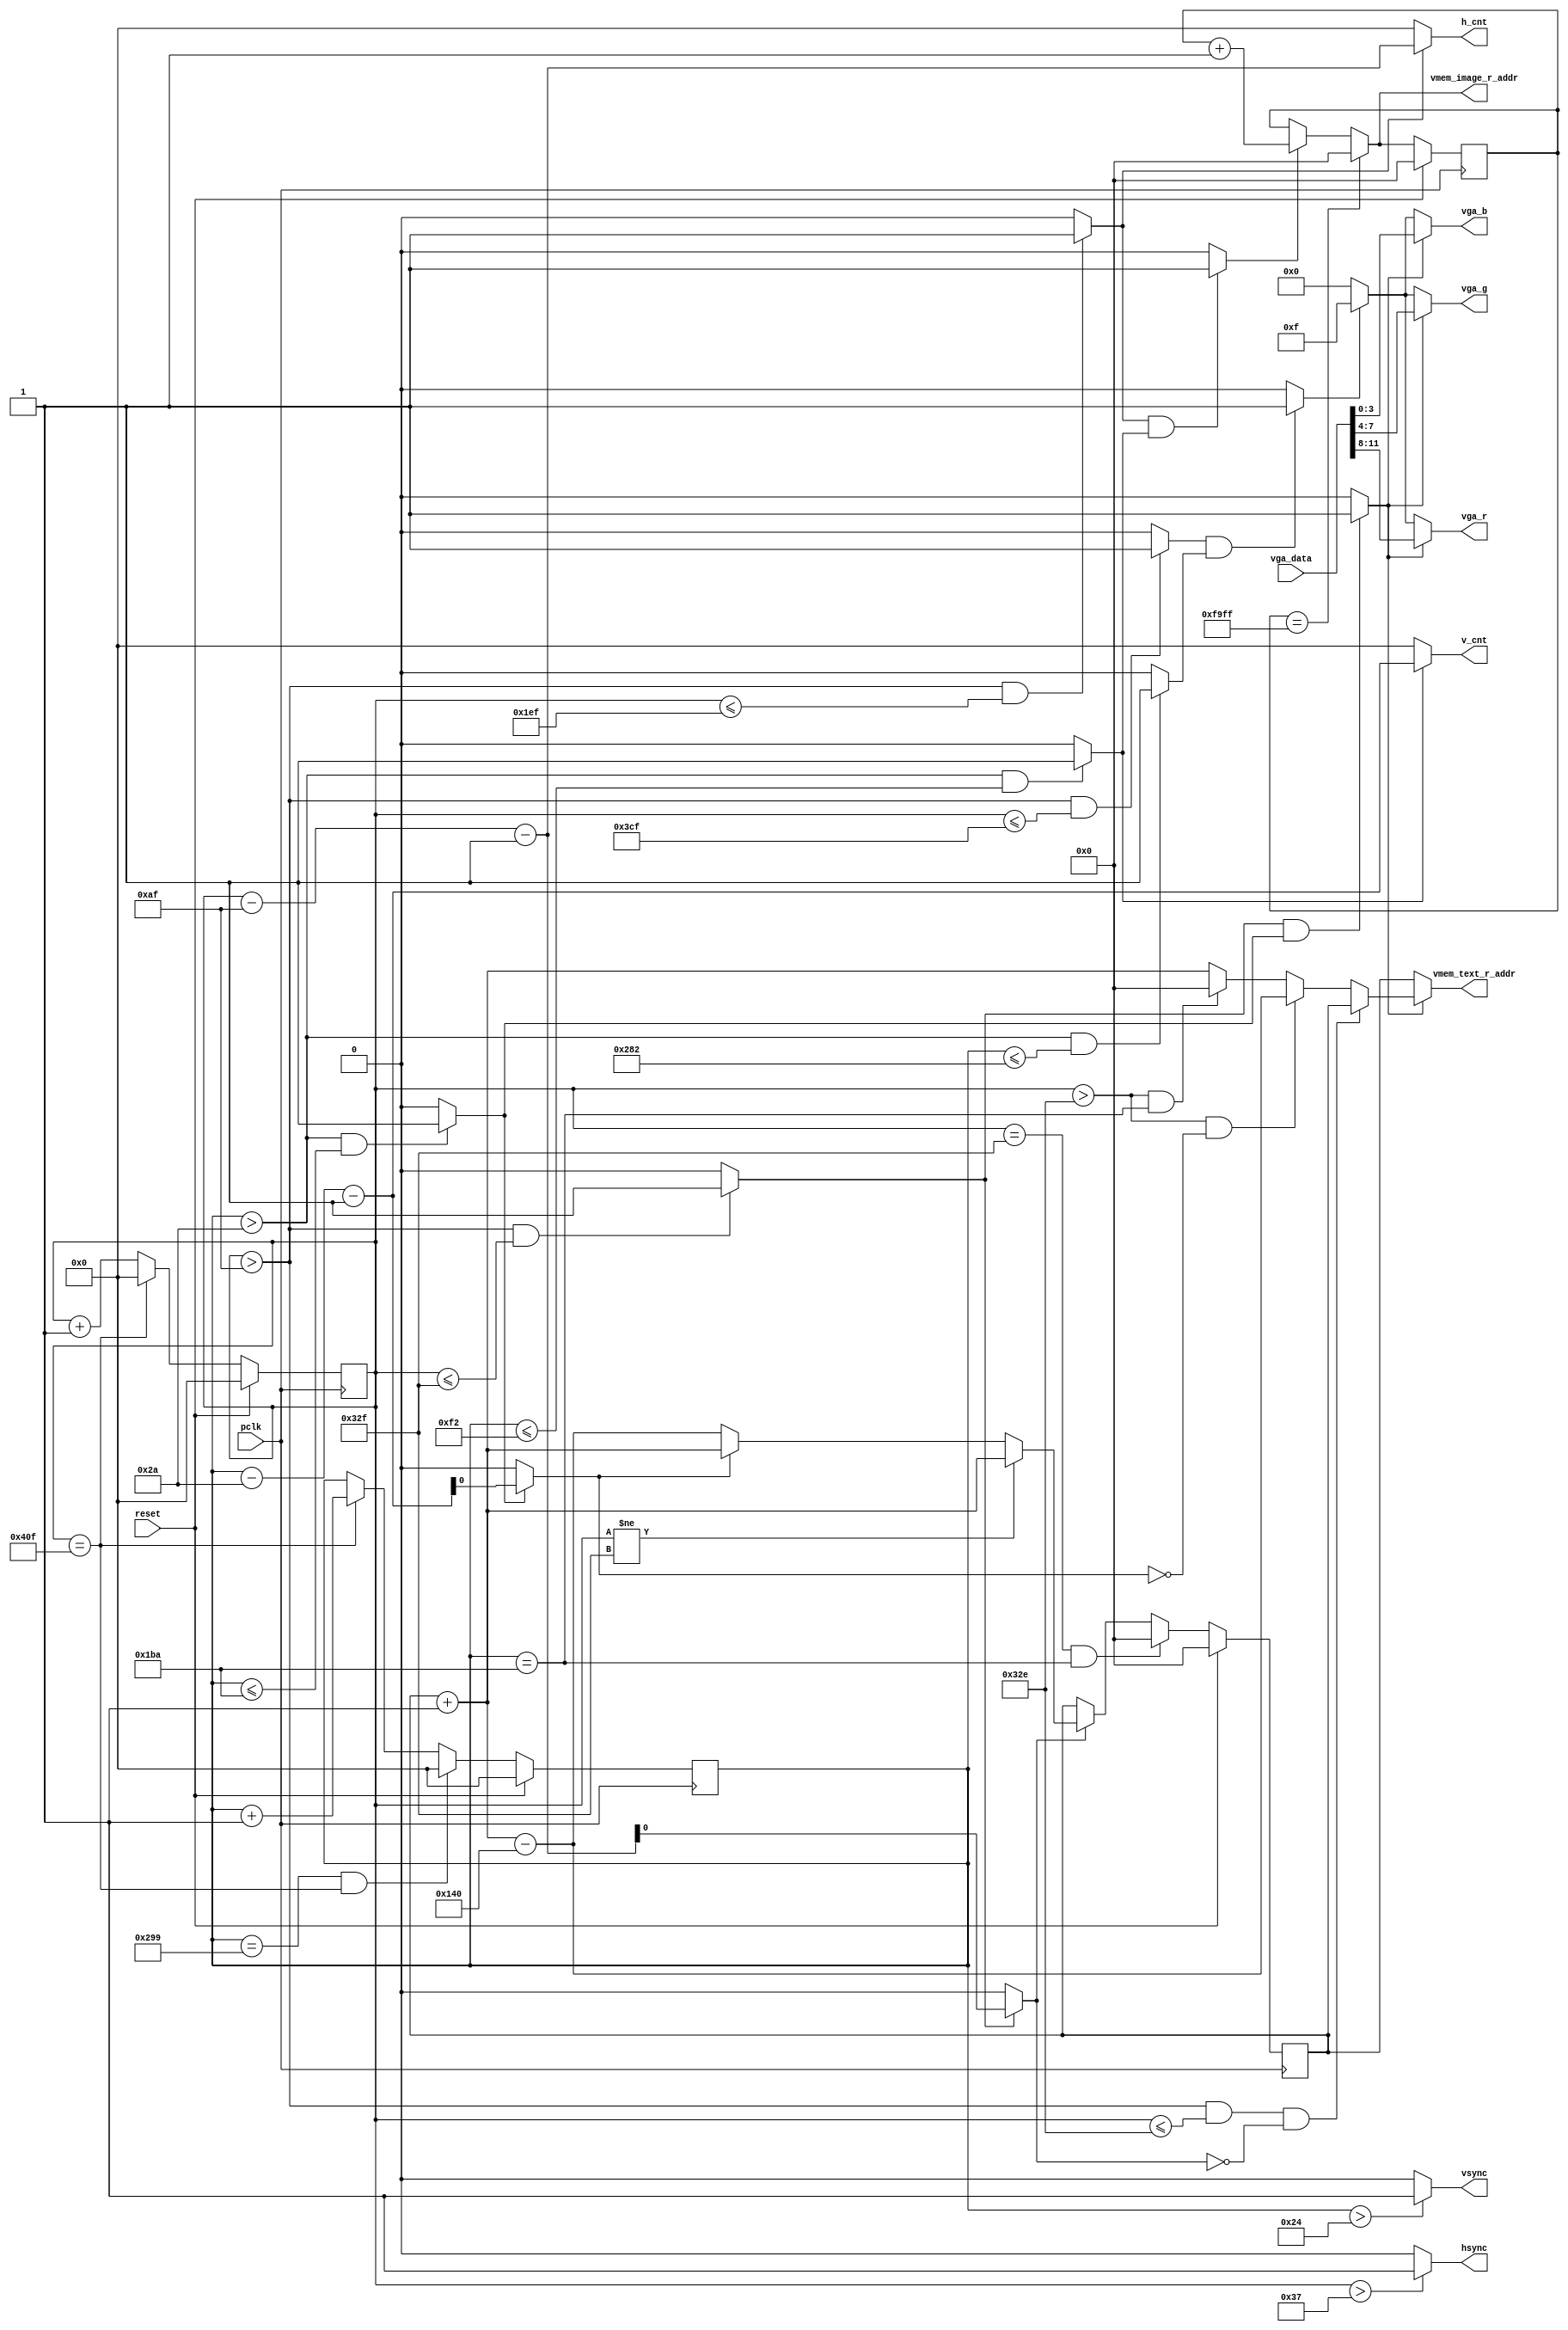
`timescale 1ns / 1ps
//////////////////////////////////////////////////////////////////////////////////
// Company: NJU
// 
// Design Name: 
// Module Name: vga_dis
// Project Name: 
// Target Devices: 
// Tool Versions: 
// Description: 
// 
// Dependencies: 
// 
// Revision:
// Revision 0.01 - File Created
// Additional Comments:
// 
//////////////////////////////////////////////////////////////////////////////////


module vga_dis # (
    parameter     h_frontporch = 56-1,
    parameter     h_active = 56+120-1,
    parameter     h_backporch = 56+120+800-1,
    parameter     h_total = 56+120+800+64-1,

    parameter     v_frontporch = 37-1,
    parameter     v_active = 37+6-1,
    parameter     v_backporch = 37+6+600-1,
    parameter     v_total = 37+6+600+23-1,

	parameter     screen_length = 320,
    parameter     screen_width = 200,
	
    parameter     X_WIDTH = 11,
    parameter     Y_WIDTH = 11,

    parameter     VMEM_ADDR_WIDTH = 20 )
    (
    input                            pclk,
    input                            reset,

	input      [11:0]                vga_data,
	
	output reg [VMEM_ADDR_WIDTH-1:0] vmem_image_r_addr,
	
	output reg [VMEM_ADDR_WIDTH-1:0] vmem_text_r_addr,
    output     [X_WIDTH-1:0]         h_cnt,
    output     [Y_WIDTH-1:0]         v_cnt,

    output                           hsync,
    output                           vsync,
	output     reg [3:0]                 vga_r,
    output     reg [3:0]                 vga_g,
    output     reg [3:0]                 vga_b
    );

    localparam max_pixel_addr = screen_length*screen_width-1;
	localparam h_limit = h_active + screen_length;
	localparam v_limit = v_active + screen_width;

    reg   [X_WIDTH-1:0]    x_cnt;
    reg   [Y_WIDTH-1:0]    y_cnt;

	reg [VMEM_ADDR_WIDTH-1:0] cur_pixel_addr;
	reg [VMEM_ADDR_WIDTH-1:0] cur_text_addr;

    wire         h_valid;
    wire         h_800_valid;
    wire         v_valid;
    wire         v_600_valid;
    wire         valid;
    wire         valid_800x600;

    always @(posedge pclk)
        if (reset == 1'b1)
            x_cnt <= 0;
        else begin
            if (x_cnt == h_total)
                x_cnt <= 0;
            else
                x_cnt <= x_cnt + 1;
        end

    always @(posedge pclk)
        if (reset == 1'b1)
            y_cnt <= 0;
        else begin
            if ((y_cnt == v_total) & (x_cnt == h_total))
                y_cnt <= 0;
            else if (x_cnt == h_total)
                y_cnt <= y_cnt + 1;
        end

    assign hsync = ((x_cnt > h_frontporch)) ? 1'b1 : 1'b0;
    assign vsync = ((y_cnt > v_frontporch)) ? 1'b1 : 1'b0;

    assign h_valid = ((x_cnt > h_active) & (x_cnt <= h_limit)) ? 1'b1 : 1'b0;
    assign v_valid = ((y_cnt > v_active) & (y_cnt <= v_limit)) ? 1'b1 : 1'b0;

    assign valid = (h_valid & v_valid) ? 1'b1 : 1'b0;

	assign h_cnt = (h_valid) ? x_cnt - h_active - 1'b1 : {X_WIDTH{1'b0}};
    assign v_cnt = (v_valid) ? y_cnt - v_active - 1'b1 : {Y_WIDTH{1'b0}};


    //vmem_image_r_addr is prefetch pixel addr
	always @ (posedge pclk) begin
	    if(reset == 1'b1)
		    cur_pixel_addr <= 0;
		else if(cur_pixel_addr == max_pixel_addr)
		    cur_pixel_addr <= 0;
		else if(valid)
		    cur_pixel_addr <= cur_pixel_addr + 1;
		else
		    cur_pixel_addr <= cur_pixel_addr;
	end
	always @ (*) begin
	    if(cur_pixel_addr == max_pixel_addr)
		    vmem_image_r_addr = 0;
		else if(valid)
		    vmem_image_r_addr = cur_pixel_addr + 1;
		else
		    vmem_image_r_addr = cur_pixel_addr;
	end

    localparam h_expand_limit = h_active + screen_length*2;
    localparam v_expand_limit = v_active + screen_width*2;
    localparam h_expand_text_num = screen_length;
    wire h_expand_valid = ((x_cnt > h_active) & (x_cnt <= h_expand_limit)) ? 1'b1 : 1'b0;
    wire v_expand_valid = ((y_cnt > v_active) & (y_cnt <= v_expand_limit)) ? 1'b1 : 1'b0;
    wire expand_valid = (h_expand_valid & v_expand_valid) ? 1'b1 : 1'b0;
    wire [X_WIDTH-1:0] h_expand_cnt = (h_expand_valid) ? x_cnt - h_active - 1'b1 : {X_WIDTH{1'b0}};
    wire [Y_WIDTH-1:0] v_expand_cnt = (v_expand_valid) ? y_cnt - v_active - 1'b1 : {Y_WIDTH{1'b0}};
    //vmem_text_r_addr is prefetch text addr
    always @ (posedge pclk) begin
        if(reset == 1'b1)
            cur_text_addr <= 0;
        else if((x_cnt == h_expand_limit) && (y_cnt == v_expand_limit))
            cur_text_addr <= 0;
        else if(h_expand_cnt[0] == 1'b1) begin
            if(x_cnt != h_expand_limit)
                cur_text_addr <= cur_text_addr + 1'b1;
            else begin
                if(v_expand_cnt[0] == 1'b1)
                    cur_text_addr <= cur_text_addr + 1'b1;
                else
                    cur_text_addr <= cur_text_addr + 1'b1 - h_expand_text_num;
            end
        end
    end
    always @ (*) begin
        if(expand_valid == 1'b0)
            vmem_text_r_addr = cur_text_addr;
        else if((x_cnt > h_active) && (x_cnt <= (h_expand_limit-1)) && (h_expand_cnt[0]==1'b0))
            vmem_text_r_addr = cur_text_addr;
        else if((x_cnt > (h_expand_limit-1)) && (v_expand_cnt[0]==1'b0))
            vmem_text_r_addr = cur_text_addr + 1 - h_expand_text_num;
        else if((x_cnt > (h_expand_limit-1)) && (y_cnt == v_expand_limit))
            vmem_text_r_addr = 0;
        else
            vmem_text_r_addr = cur_text_addr + 1'b1;
    end

    assign h_800_valid = ((x_cnt > h_active) & (x_cnt <= h_backporch)) ? 1'b1 : 1'b0;
    assign v_600_valid = ((y_cnt > v_active) & (y_cnt <= v_backporch)) ? 1'b1 : 1'b0;
    assign valid_800x600 = (h_800_valid & v_600_valid) ? 1'b1 : 1'b0;
    always @ (*)
        if(expand_valid) begin
            vga_r = vga_data[11:8];
            vga_g = vga_data[7:4];
            vga_b = vga_data[3:0];
        end
        else if(valid_800x600) begin
            vga_r = 4'hf;
            vga_g = 4'hf;
            vga_b = 4'hf;
        end
        else begin
            vga_r = 4'd0;
            vga_g = 4'd0;
            vga_b = 4'd0;
        end

endmodule